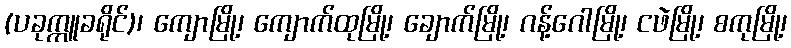
(ပခုက္ကူခရိုင်)၊ ကျောမြို့၊ ကျောက်ထုမြို့၊ ချောက်မြို့၊ ဂန့်ဂေါမြို့၊ ငဖဲမြို့၊ စကုမြို့၊